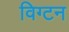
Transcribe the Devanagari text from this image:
विग्टन